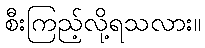
စီးကြည့်လို့ရသလား။